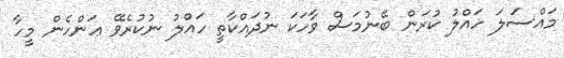
މައްސަލަ ހައްލު ކުރަން ބޭނުމަސް ވާހަކަ ނުދައްކާތީ ހައްލު ނުކުރެވޭ ޢަންހެން މީހާ